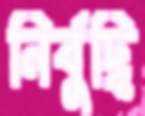
নির্বুদ্ধি